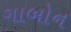
ગાબોન